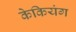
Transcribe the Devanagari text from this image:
केकियंग